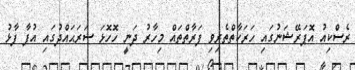
ރެސްކިއު އޮޕަރޭޝަނުގައި ހަރަކާތްތެރިވި ފަރާތްތައް މިހާރު ދަނީ ހޮހޮޅަ ސަރަޙައްދުގައި އުފާ ފާޅު